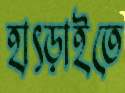
হাৎড়াইতে